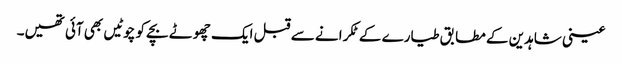
عینی شاہدین کے مطابق طیارے کے ٹکرانے سے قبل ایک چھوٹے بچے کو چوٹیں بھی آئی تھیں۔